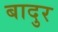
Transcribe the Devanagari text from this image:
बादुर